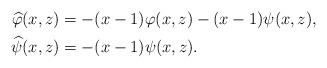
LaTeX: \begin{align*}\widehat\varphi(x,z)&=-(x-1)\varphi(x,z)-(x-1)\psi(x,z),\\\widehat\psi(x,z)&=-(x-1)\psi(x,z).\end{align*}